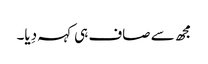
مجھ سے صاف ہی کہہ دِیا۔